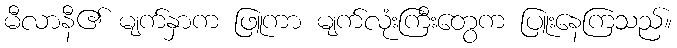
မီလာနီ၏ မျက်နှာက ဖြူကာ မျက်လုံးကြီးတွေက ပြူးနေကြသည်။